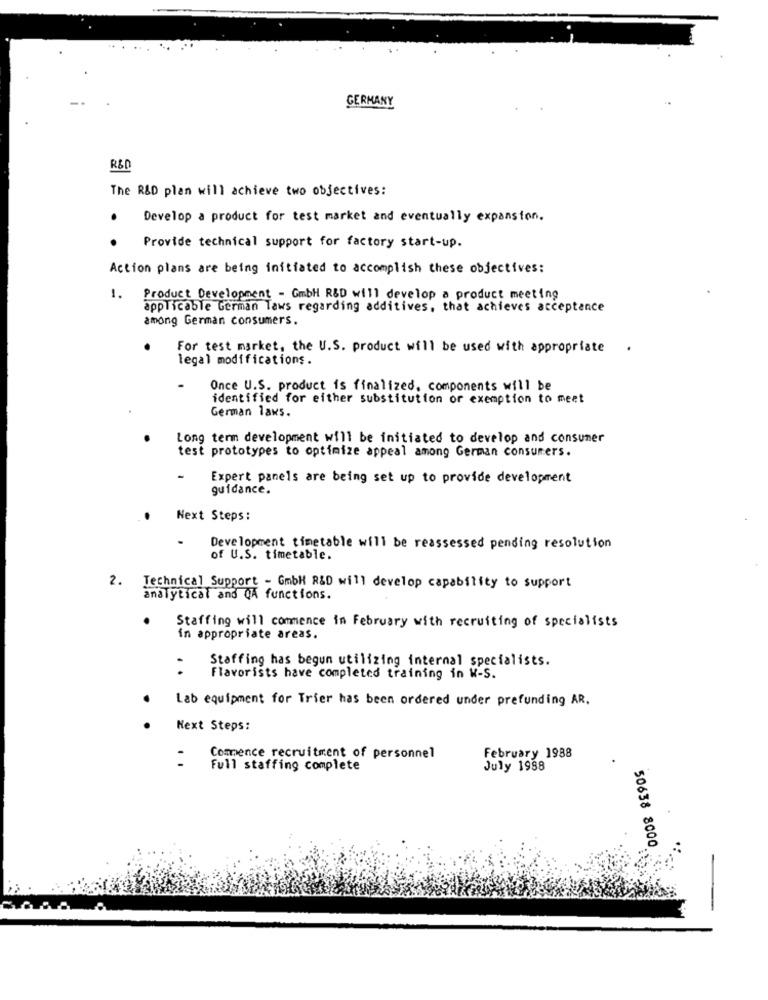
GERMANY
R&D
The R&D plan will achieve two objectives:
.
Develop a product for test market and eventually expansion.
Provide technical support for factory start-up.
Action plans are being initiated to accomplish these objectives:
1. Product Development - GmbH R&D will develop a product meeting
applicable German Taws regarding additives, that achieves acceptance
among German consumers.
For test market, the U.S. product will be used with appropriate
.
legal modifications.
Once U.S. product is finalized, components will be
identified for either substitution or exemption to meet
German laws.
Long term development will be initiated to develop and consumer
test prototypes to optimize appeal among German consumers.
Expert panels are being set up to provide development
guidance.
Next Steps:
-
Development timetable will be reassessed pending resolution
of U.S. timetable.
2. Technical Support - GmbH R&D will develop capability to support
analytical and QA functions.
Staffing will commence in February with recruiting of specialists
in appropriate areas.
Staffing has begun utilizing internal specialists.
.
Flavorists have completed training in W-S.
Lab equipment for Trier has been ordered under prefunding AR.
Next Steps:
Commence recruitment of personnel
February 1988
Full staffing complete
July 1988
50638 8000